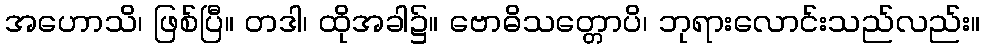
အဟောသိ၊ ဖြစ်ပြီ။ တဒါ၊ ထိုအခါ၌။ ဗောဓိသတ္တောပိ၊ ဘုရားလောင်းသည်လည်း။